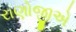
રાણોજીએ